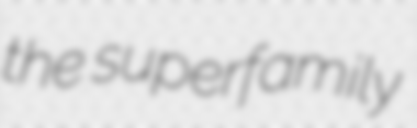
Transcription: the superfamily